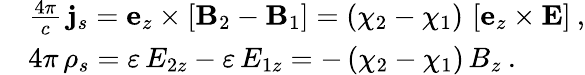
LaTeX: \begin{array}{rl}&{\frac{4\pi}{c}\, {\mathbf j}_{s}={\mathbf e}_{z}\times\left[{\mathbf B}_{2}-{\mathbf B}_{1}\right]=\left(\chi_{2}-\chi_{1}\right)\, \left[{\mathbf e}_{z}\times{\mathbf E}\right]\: ,}\\ &{4\pi\, \rho_{s}=\varepsilon\, E_{2z}-\varepsilon\, E_{1z}=-\left(\chi_{2}-\chi_{1}\right)\, B_{z}\: .}\end{array}